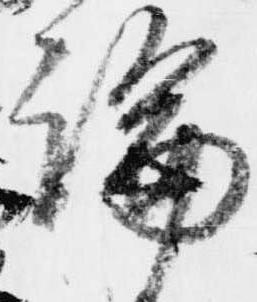
論